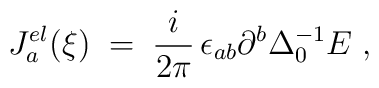
J^{el}_a (\xi) \;=\;  \frac{i}{2\pi} \,\epsilon_{ab}\partial^b   \Delta_0^{-1} E\;,